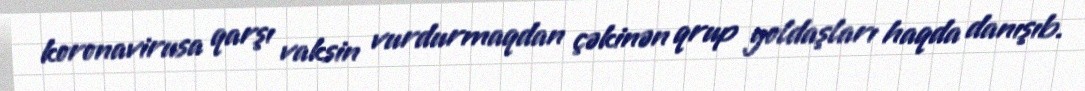
koronavirusa qarşı vaksin vurdurmaqdan çəkinən qrup yoldaşları haqda danışıb.